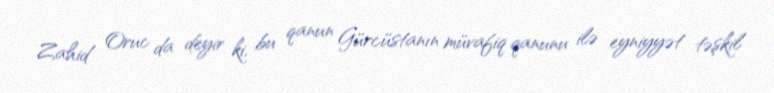
Zahid Oruc da deyir ki, bu qanun Gürcüstanın müvafiq qanunu ilə eyniyyət təşkil